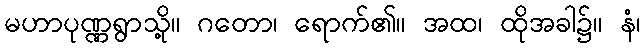
မဟာပုဏ္ဏရွာသို့။ ဂတော၊ ရောက်၏။ အထ၊ ထိုအခါ၌။ နံ၊